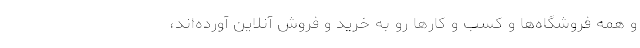
و همه فروشگاه‌ها و کسب و کارها رو به خرید و فروش آنلاین آورده‌اند،